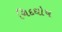
ચિદઘોષ